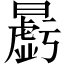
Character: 𱢱